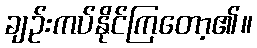
ချဉ်းကပ်နိုင်ကြတော့၏။